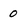
Character: 0